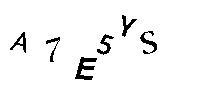
A7E5YS